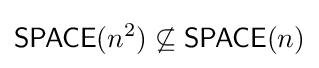
{\mathsf {SPACE}}(n^{2})\not \subseteq {\mathsf {SPACE}}(n)